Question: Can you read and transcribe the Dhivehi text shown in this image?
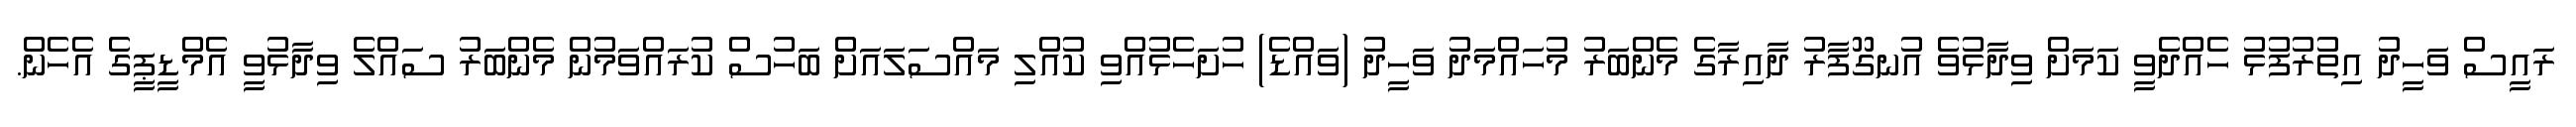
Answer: ރައީސް ވަހީދު އިތުރުފުޅު ހެއްދެވީ ކަމަށް ވިދާޅުވެ އުނގޫފާރު ދާއިރާގެ މެންބަރު މުހައްމަދު ވަހީދު (ވައްޑެ) ހުށަހެޅުއްވި ކުއްލި މައްސަލައަށް ބަހުސް ކުރައްވަމުން މެންބަރު ސައްލެ ވިދާޅުވީ އެމްޑީޕީގެ އެހެން.